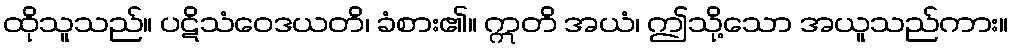
ထိုသူသည်။ ပဋိသံဝေဒယတိ၊ ခံစား၏။ ဣတိ အယံ၊ ဤသို့သော အယူသည်ကား။